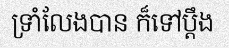
ទ្រាំលែងបាន ក៏ទៅប្តឹង